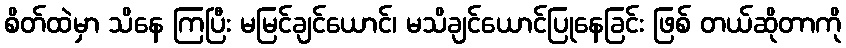
စိတ်ထဲမှာ သိနေ ကြပြီး မမြင်ချင်ယောင်၊ မသိချင်ယောင်ပြုနေခြင်း ဖြစ် တယ်ဆိုတာကို